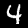
Label: 4